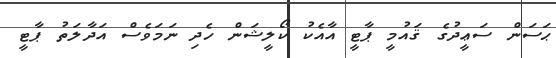
ޙަސަން ސަޢީދުގެ ޤައުމީ ޕާޓީ އާއެކު ކޯލީޝަން ހެދި ނަމަވެސް އަދާލަތު ޕާޓީ